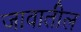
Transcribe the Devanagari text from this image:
जावातील